Civil Veterinary Dept. Bombay admin report 1893-99 - 1893-1899
Year: 1893
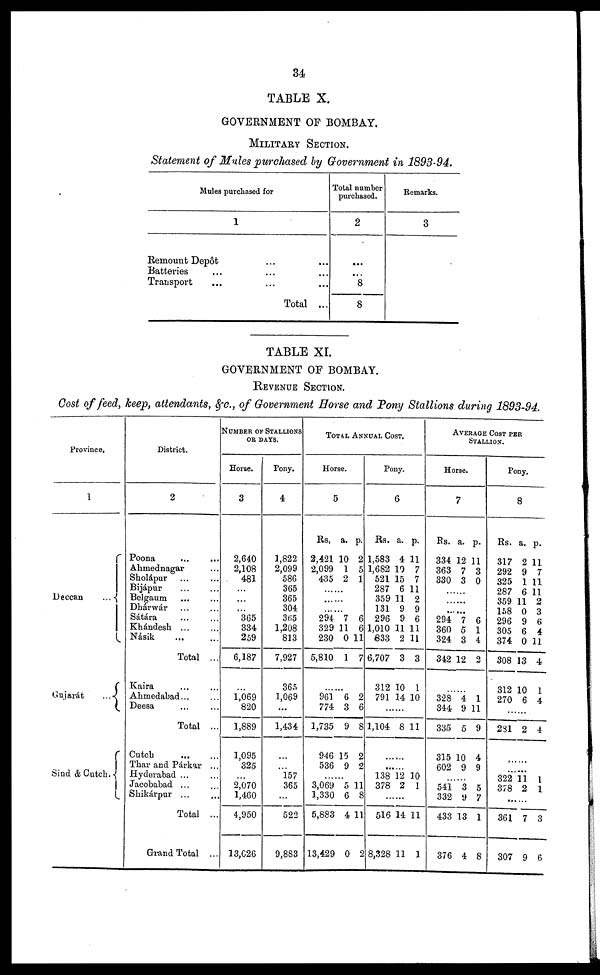
34
TABLE X.
GOVERNMENT OF BOMBAY.
MILITARY SECTION.
Statement of Mules purchased by Government in 1893-94.
Mules purchased for
1
Remount Depôt ... ...
Batteries
...
...
...
Transport
...
......
Total ...
Total number
purchased.
2
...
...
8
8
Remarks.
3
TABLE XI.
GOVERNMENT OF BOMBAY.
REVENUE SECTION.
Cost of feed, keep, attendants, &c., of Government Horse and Pony Stallions during 1893-94.
Province.
1
Deccan
...
Gujarat
...
Sind &Cutch.
District.
2
Poona ... ...
Ahmednagar ...
Sholápur ... ...
Bijápur ... ...
Belgaum
...
...
Dhárwár ... ...
Sátára ... ...
Khándesh
...
...
Násik
...
...
Total ...
Kaira ... ...
Ahmedabad ... ...
Deesa ... ...
Total ...
Cutch
...
...
Thar and Párkar ...
Hyderabad ...
Jacobabad ... ...
Shikárpur ... ...
Total ...
Grand Total ...
NUMBER OF STALLIONS
OR DAYS.
Horse.
3
2,640
2,108
481
...
...
...
365
334
259
6,187
...
1,069
820
1,889
1,095
325
...
2,070
1,460
4,950
13,026
Pony.
4
1,822
2,099
586
365
365
304
365
1,208
813
7,927
365
1,069
...
1,434
...
...
157
365
...
522
9,883
TOTAL ANNUAL COST.
Horse.
5
Rs.
2,421
2,099
435
a.
10
1
2
p.
2
5
1
....
....
....
294
329
230
5,810
7
11
0
1
6
6
11
7
...
961
774
1,735
946
536
6
3
9
15
9
2
6
8
2
2
...
3,069
1,330
5,883
13,429
5
6
4
0
11
8
11
2
Pony.
6
Rs.
1,583
1,682
521
287
359
131
296
1,010
833
6,707
312
791
a.
4
10
15
6
11
9
9
11
2
3
10
14
p.
11
7
7
11
2
9
6
11
11
3
1
10
...
1,104 8 11
...
...
138
378
12
2
10
1
516
8,328
14
11
11
1
AVERAGE COST PER
STALLION.
Horse.
7
Rs.
334
363
330
a.
12
7
3
p.
11
3
0
....
....
....
294
360
324
342
7
5
3
12
6
1
4
2
...
328
344
335
315
602
4
9
5
10
9
1
11
9
4
9
...
541
332
433
376
3
9
13
4
5
7
1
8
Pony.
8
Rs.
317
292
325
287
359
158
296
305
374
308
312
270
a.
2
9
1
6
11
0
9
6
0
13
10
6
p.
11
7
11
11
2
3
6
4
11
4
1
4
...
281 2 4
...
...
322
378
11
2
l
1
...
361
307
7
9
3
6